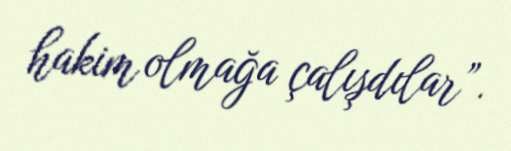
hakim olmağa çalışdılar”.